Annual report of the Punjab Veterinary College and of the Civil Veterinary Department, Punjab - 1909-1919
Year: 1909
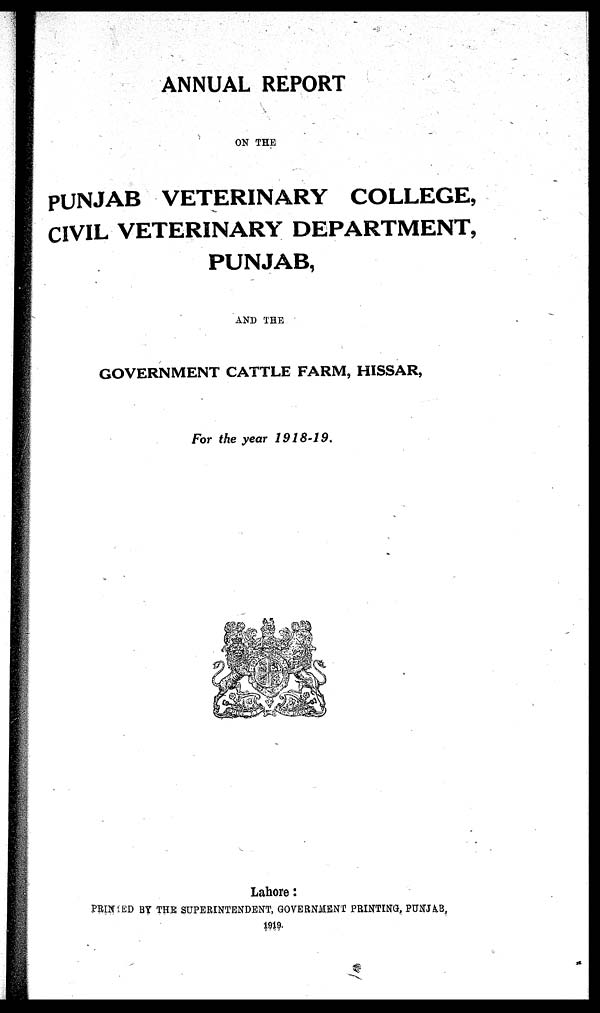
ANNUAL REPORT
ON THE
PUNJAB VETERINARY COLLEGE,
CIVIL VETERINARY DEPARTMENT,
PUNJAB,
AND THE
GOVERNMENT CATTLE FARM, HISSAR,
For the year 1918-19.
Lahore:
PRINTED BY THE SUPERINTENDENT, GOVERNMENT PRINTING, PUNJAB,
1919.